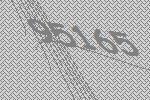
95165